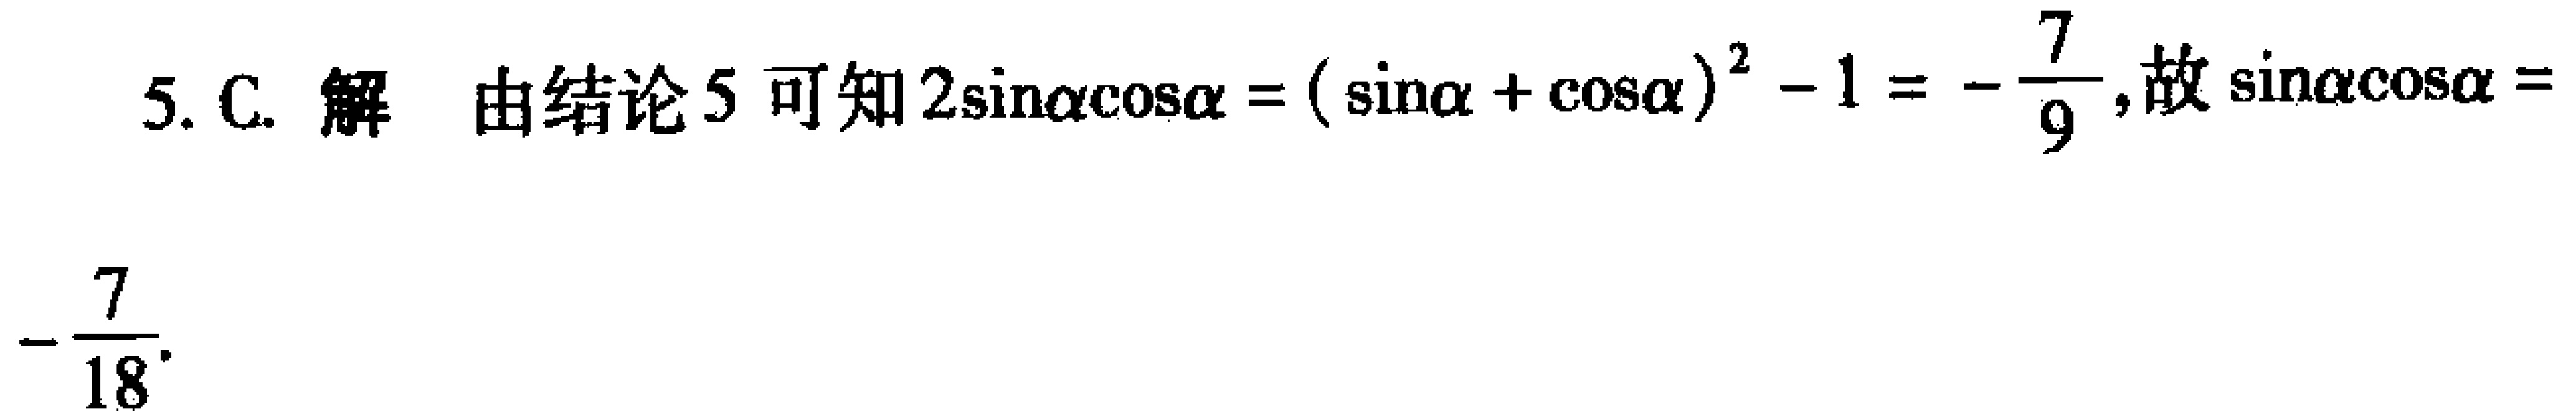
5. C. 解 由结论5可知\(2\sin\alpha\cos\alpha = (\sin\alpha + \cos\alpha)^2 - 1 = -\frac{7}{9}\)，故\(\sin\alpha\cos\alpha = -\frac{7}{18}\)。